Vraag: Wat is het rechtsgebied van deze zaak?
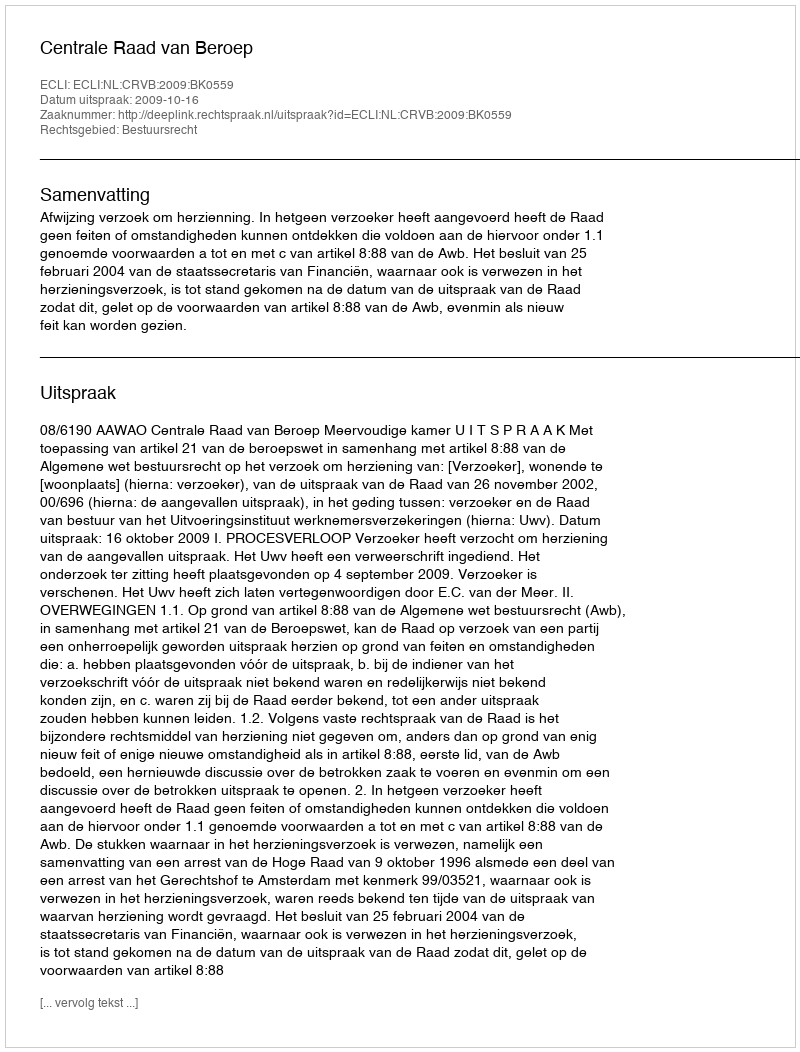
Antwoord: Bestuursrecht